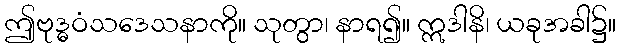
ဤဗုဒ္ဓဝံသဒေသနာကို။ သုတွာ၊ နာရ၍။ ဣဒါနိ၊ ယခုအခါ၌။